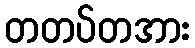
တတပ်တအား